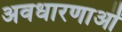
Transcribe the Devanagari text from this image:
अवधारणाऒं